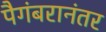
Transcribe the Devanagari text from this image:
पैगंबरानंतर